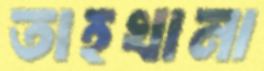
তাহখানা